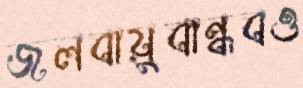
জলবায়ুবান্ধবও